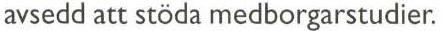
avsedd att stöda medborgarstudier.